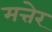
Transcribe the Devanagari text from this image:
मत्तेर